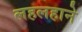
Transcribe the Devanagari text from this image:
लहलहाने